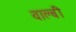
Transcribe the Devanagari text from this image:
वाल्बी